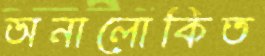
অনালোকিত